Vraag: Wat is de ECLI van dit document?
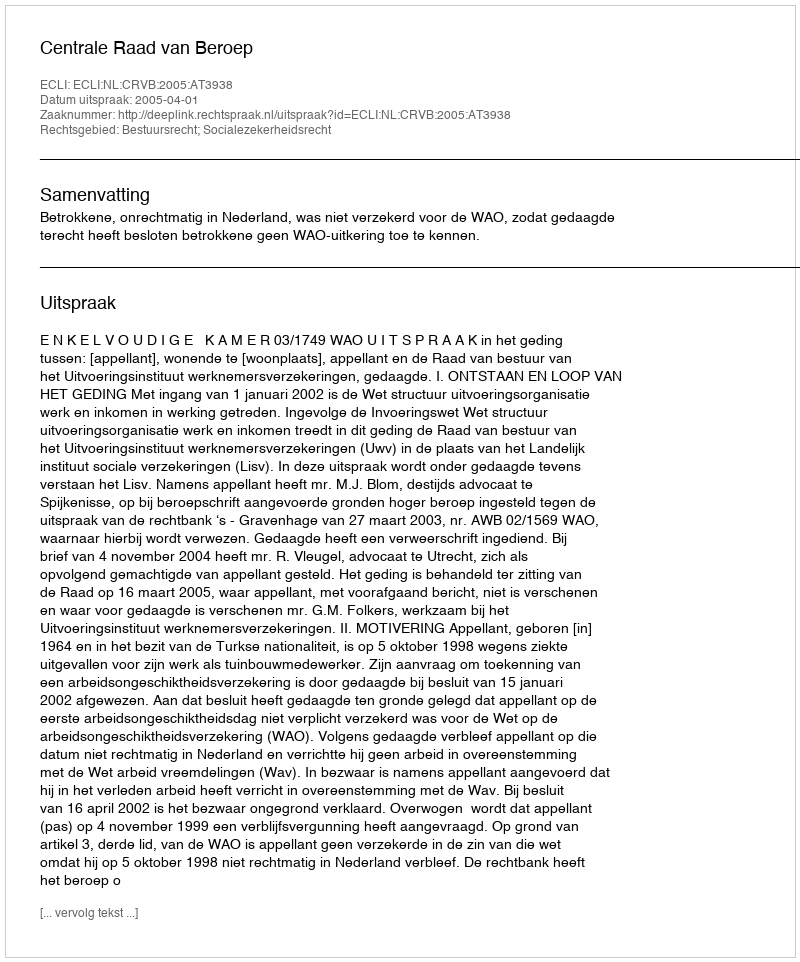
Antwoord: ECLI:NL:CRVB:2005:AT3938